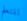
للتعلم